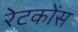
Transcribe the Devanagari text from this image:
रेटकोंस